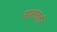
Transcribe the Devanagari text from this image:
सालांतली